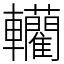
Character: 轥